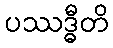
ပဿဒ္ဓီတိ